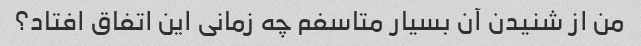
من از شنیدن آن بسیار متاسفم چه زمانی این اتفاق افتاد؟